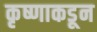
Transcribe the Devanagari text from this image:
कृष्णाकडून